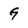
Character: G